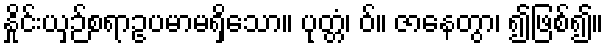
နှိုင်းယှဉ်စရာဥပမာမရှိသော။ ပုတ္တံ၊ ဝ်။ ဇာနေတွာ၊ ၍ဖြစ်၍။